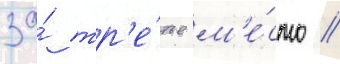
за́ тр'е́тье м'е́сто //